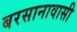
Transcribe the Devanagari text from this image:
बरसानावासी